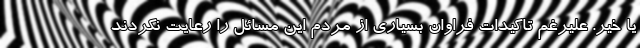
یا خیر. علیرغم تاکیدات فراوان بسیاری از مردم این مسائل را رعایت نکردند